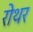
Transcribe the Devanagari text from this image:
रोथर